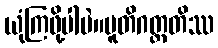
ယုံကြဖို့ပါပဲ။ပူတိဂတ္တတိဿ